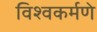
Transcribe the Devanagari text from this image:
विश्वकर्मणे